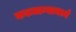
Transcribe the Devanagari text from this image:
कडधान्यामध्ये